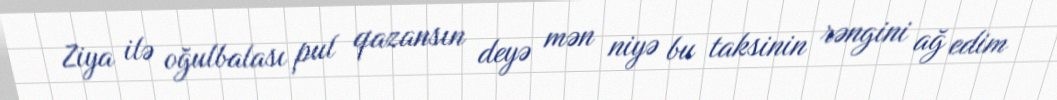
Ziya ilə oğulbalası pul qazansın deyə mən niyə bu taksinin rəngini ağ edim